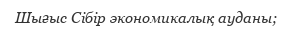
Шығыс Сібір экономикалық ауданы;